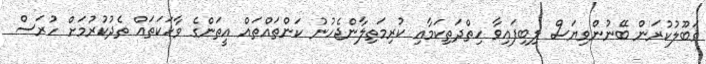
ޤަބޫލުކުރަން ބޭނުންވިޔަސް ލިބިފައިވާ ހިތްދަތިކަމާއި ކުރިމަތިލާންޖެހުނު ކަންތައްތައް އީތަންގެ ވާހަކަތައް ތެދުކުރުމަށް ހުރަސް